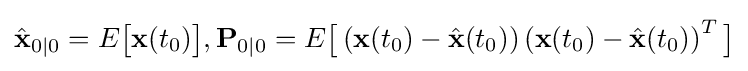
{\hat {\mathbf {x} }}_{0|0}=E{\bigl [}\mathbf {x} (t_{0}){\bigr ]},\mathbf {P} _{0|0}=E{\bigl [}\left(\mathbf {x} (t_{0})-{\hat {\mathbf {x} }}(t_{0})\right)\left(\mathbf {x} (t_{0})-{\hat {\mathbf {x} }}(t_{0})\right)^{T}{\bigr ]}